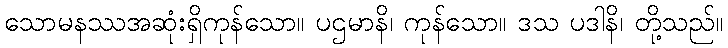
သောမနဿအဆုံးရှိကုန်သော။ ပဌမာနိ၊ ကုန်သော။ ဒသ ပဒါနိ၊ တို့သည်။